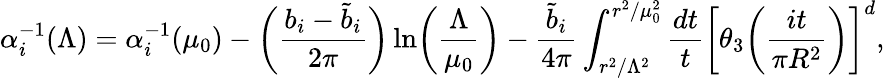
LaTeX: \alpha_{i}^{-1}(\Lambda)=\alpha_{i}^{-1}(\mu_{0})-\biggl(\frac{b_{i}-\tilde{b}_{i}}{2\pi}\biggr)\ln\biggl(\frac{\Lambda}{\mu_{0}}\biggr)-\frac{\tilde{b}_{i}}{4\pi}\int_{r^{2}/\Lambda^{2}}^{r^{2}/\mu_{0}^{2}}\frac{dt}{t}\biggl[\theta_{3}\biggl(\frac{it}{\pi R^{2}}\biggr)\biggr]^{d},